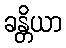
ခန္တိယာ